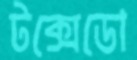
টক্সেডো